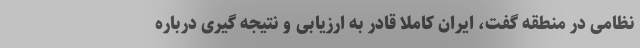
نظامی در منطقه گفت، ایران کاملا قادر به ارزیابی و نتیجه گیری درباره